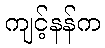
ကျင့်နန်က